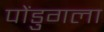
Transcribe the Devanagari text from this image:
पोंडुगला